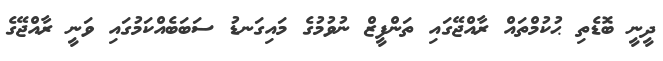
ދީނީ ބޮޑެތި ޙުކުމްތައް ރާއްޖޭގައި ތަންފީޒް ނުވުމުގެ މައިގަނޑު ސަބަބެއްކަމުގައި ވަނީ ރާއްޖޭގެ